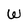
Character: W